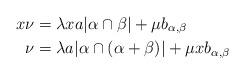
LaTeX: \begin{align*}x\nu &= \lambda x a \vert \alpha \cap \beta \vert + \mu b_{\alpha,\beta} \\\nu &= \lambda a \vert \alpha \cap (\alpha + \beta) \vert + \mu x b_{\alpha, \beta}\end{align*}